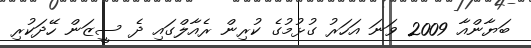
ބަޔާންއާ 2009 ވަނަ އަހަރު ގުޅުމުގެ ކުރިން ރެއާލްގައި ދެ ސީޒަން ހޭދަކުރި